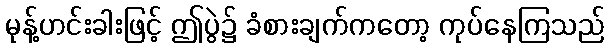
မုန့်ဟင်းခါးဖြင့် ဤပွဲ၌ ခံစားချက်ကတော့ ကုပ်နေကြသည်